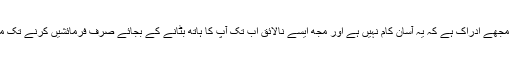
اس بات کا البتہ مجھے ادراک ہے کہ یہ آسان کام نہیں ہے اور مجھ ایسے نالائق اب تک آپ کا ہاتھ بٹانے کے بجائے صرف فرمائشیں کرنے تک محدود رہے ہیں۔